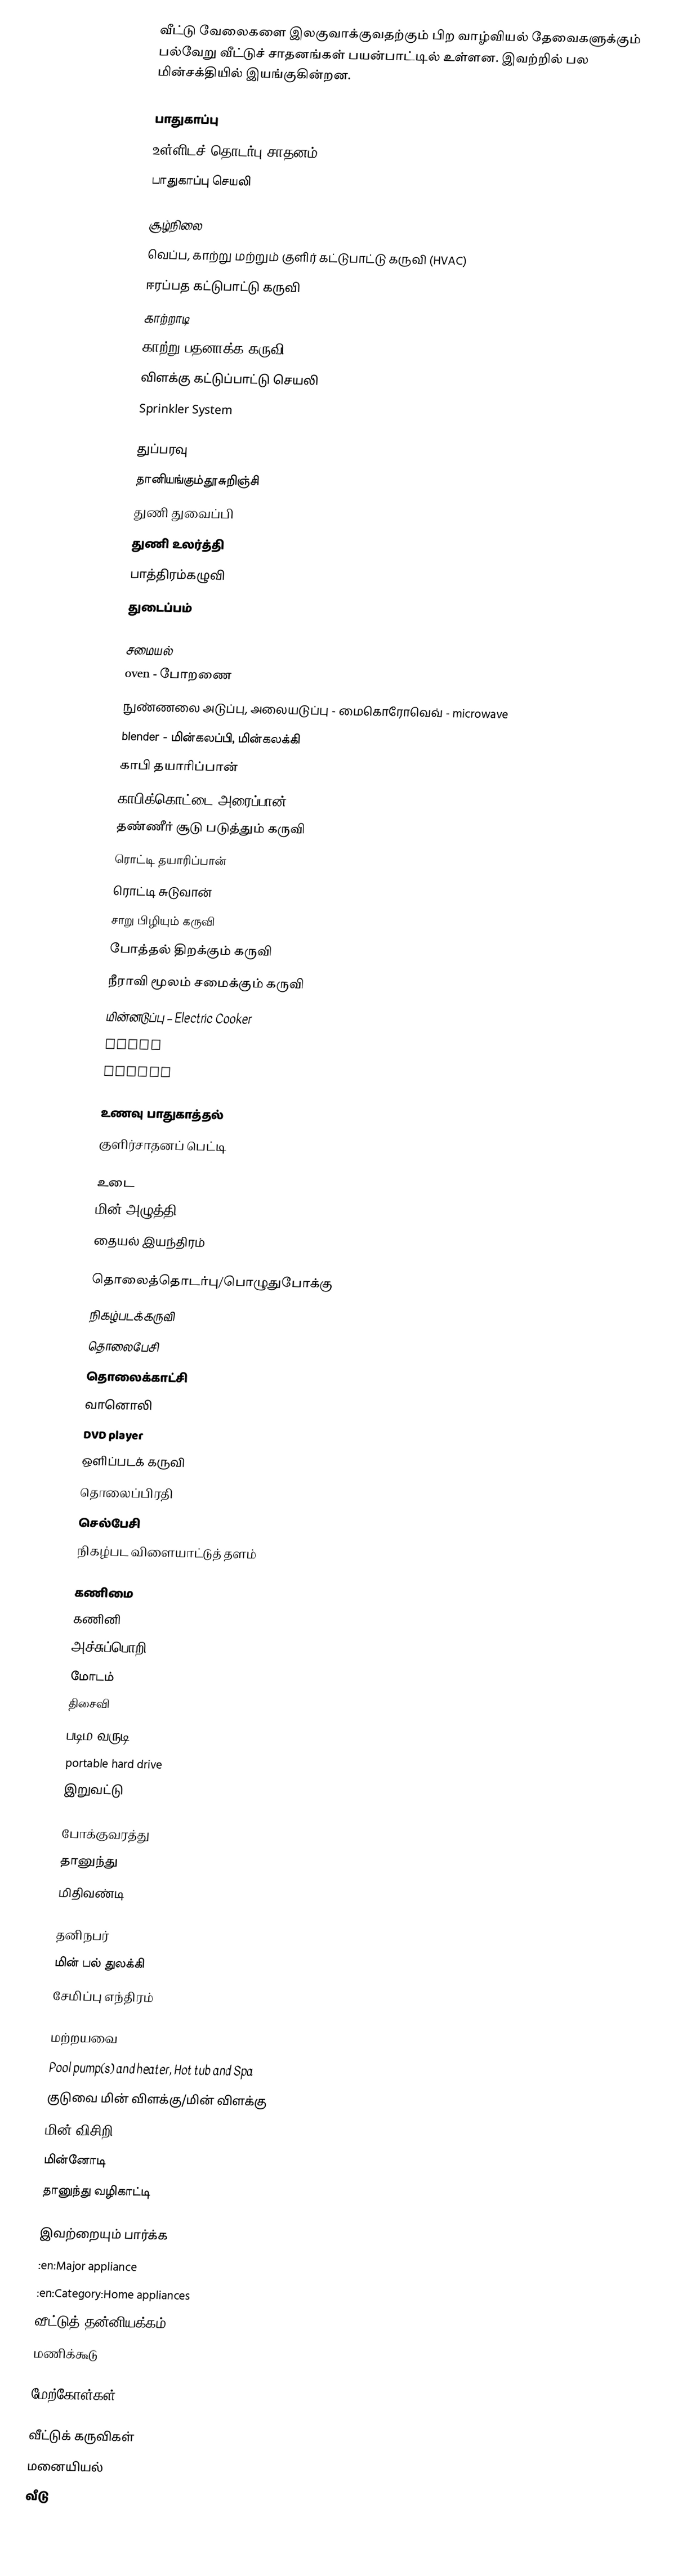
வீட்டு வேலைகளை இலகுவாக்குவதற்கும் பிற வாழ்வியல் தேவைகளுக்கும் பல்வேறு வீட்டுச் சாதனங்கள் பயன்பாட்டில் உள்ளன.  இவற்றில் பல மின்சக்தியில் இயங்குகின்றன.

பாதுகாப்பு
 உள்ளிடச் தொடர்பு சாதனம்
 பாதுகாப்பு செயலி

சூழ்நிலை
 வெப்ப, காற்று மற்றும் குளிர் கட்டுபாட்டு கருவி (HVAC)
 ஈரப்பத கட்டுபாட்டு கருவி
 காற்றாடி
 காற்று பதனாக்க கருவி
 விளக்கு கட்டுப்பாட்டு செயலி
 Sprinkler System

துப்பரவு
 தானியங்கும்தூசுறிஞ்சி
 துணி துவைப்பி
 துணி உலர்த்தி
 பாத்திரம்கழுவி
 துடைப்பம்

சமையல்
 oven - போறணை
 நுண்ணலை அடுப்பு, அலையடுப்பு - மைகொரோவெவ் - microwave
 blender - மின்கலப்பி, மின்கலக்கி
 காபி தயாரிப்பான்
 காபிக்கொட்டை அரைப்பான்
 தண்ணீர் சூடு படுத்தும் கருவி
 ரொட்டி தயாரிப்பான்
 ரொட்டி சுடுவான்
 சாறு பிழியும் கருவி
 போத்தல் திறக்கும் கருவி
 நீராவி மூலம் சமைக்கும் கருவி
 மின்னடுப்பு – Electric Cooker
 grill
 scales

உணவு பாதுகாத்தல்
 குளிர்சாதனப் பெட்டி

உடை
 மின் அழுத்தி
 தையல் இயந்திரம்

தொலைத்தொடர்பு/பொழுதுபோக்கு
 நிகழ்படக்கருவி
 தொலைபேசி
 தொலைக்காட்சி
 வானொலி
 DVD player
 ஒளிப்படக் கருவி
 தொலைப்பிரதி
 செல்பேசி
 நிகழ்பட விளையாட்டுத் தளம்

கணிமை
 கணினி
 அச்சுப்பொறி
 மோடம்
 திசைவி
 படிம வருடி – scanner
 portable hard drive
 இறுவட்டு

போக்குவரத்து
 தானுந்து
 மிதிவண்டி

தனிநபர்
 மின் பல் துலக்கி
 சேமிப்பு எந்திரம்

மற்றயவை
 Pool pump(s) and heater, Hot tub and Spa
 குடுவை மின் விளக்கு/மின் விளக்கு
 மின் விசிறி
 மின்னோடி
 தானுந்து வழிகாட்டி

இவற்றையும் பார்க்க
 :en:Major appliance
 :en:Category:Home appliances
 வீட்டுத் தன்னியக்கம்
 மணிக்கூடு

மேற்கோள்கள்

வீட்டுக் கருவிகள்
மனையியல்
வீடு